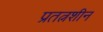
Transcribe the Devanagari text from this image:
प्रतत्नशीन